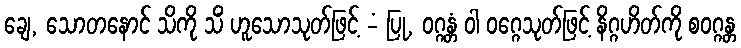
ချေ, သောတနောင် သိကို သိံ ဟူသောသုတ်ဖြင့် -ံ ပြု, ဝဂ္ဂန္တံ ဝါ ဝဂ္ဂေသုတ်ဖြင့် နိဂ္ဂဟိတ်ကို စဝဂ္ဂန္တ